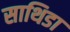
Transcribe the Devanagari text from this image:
साथिडा